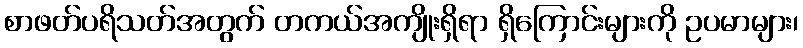
စာဖတ်ပရိသတ်အတွက် တကယ်အကျိုးရှိရာ ရှိကြောင်းများကို ဥပမာများ၊